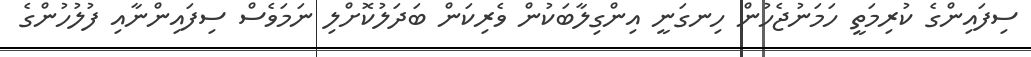
ސިފައިންގެ ކުރިމަތީ ހަމަނުޖެހުން ހިނގަނީ އިންގިލާބަކުން ވެރިކަން ބަދަލުކޮށްލި ނަމަވެސް ސިފައިންނާއި ފުލުހުންގެ